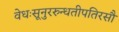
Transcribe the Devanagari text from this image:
वेधःसूनुररुन्धतीपतिरसौ